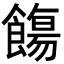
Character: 𩞃